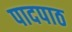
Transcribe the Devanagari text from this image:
पादपाठ